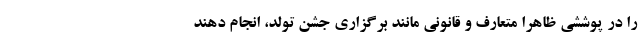
را در پوششی ظاهرا متعارف و قانونی مانند برگزاری جشن تولد، انجام دهند